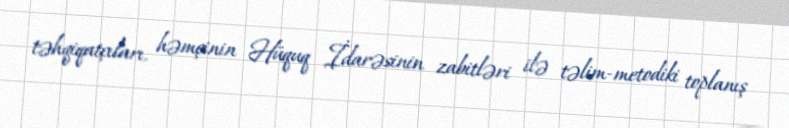
təhqiqatçıları, həmçinin Hüquq İdarəsinin zabitləri ilə təlim-metodiki toplanış